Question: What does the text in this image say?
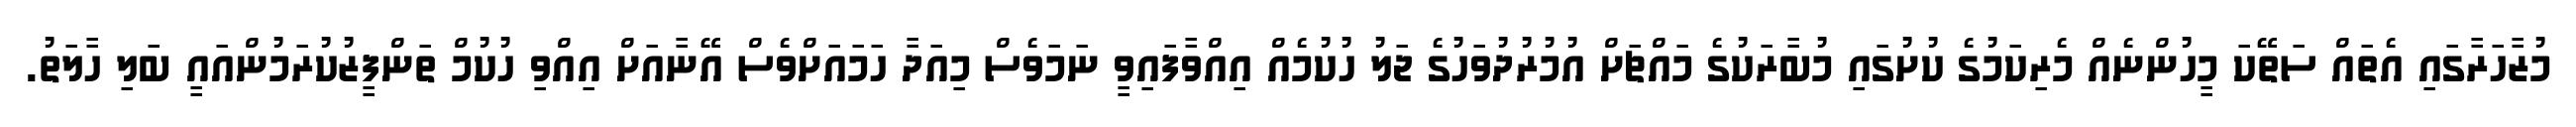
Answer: މުޒާހަރާގައި އެތައް ސަތޭކަ މީހުންނެއް މެރިކަމުގެ ކުށުގައި މުބާރަކުގެ މައްޗަށް އުމުރުދުވަހުގެ ޖަލު ހުކުމެއް އިއްވާފައިވީ ނަމަވެސް މިއަދާ ހަމައަށްވެސް އޭނާއަށް އިއްވި ހުކުމް ތަންފީޒުކުރަމުންއައީ ބަލި ހާލަތު.